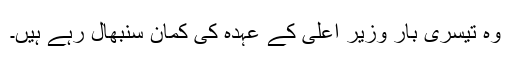
وہ تیسری بار وزیر اعلی کے عہدہ کی کمان سنبھال رہے ہیں۔